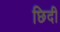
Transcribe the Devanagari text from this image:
छिदी